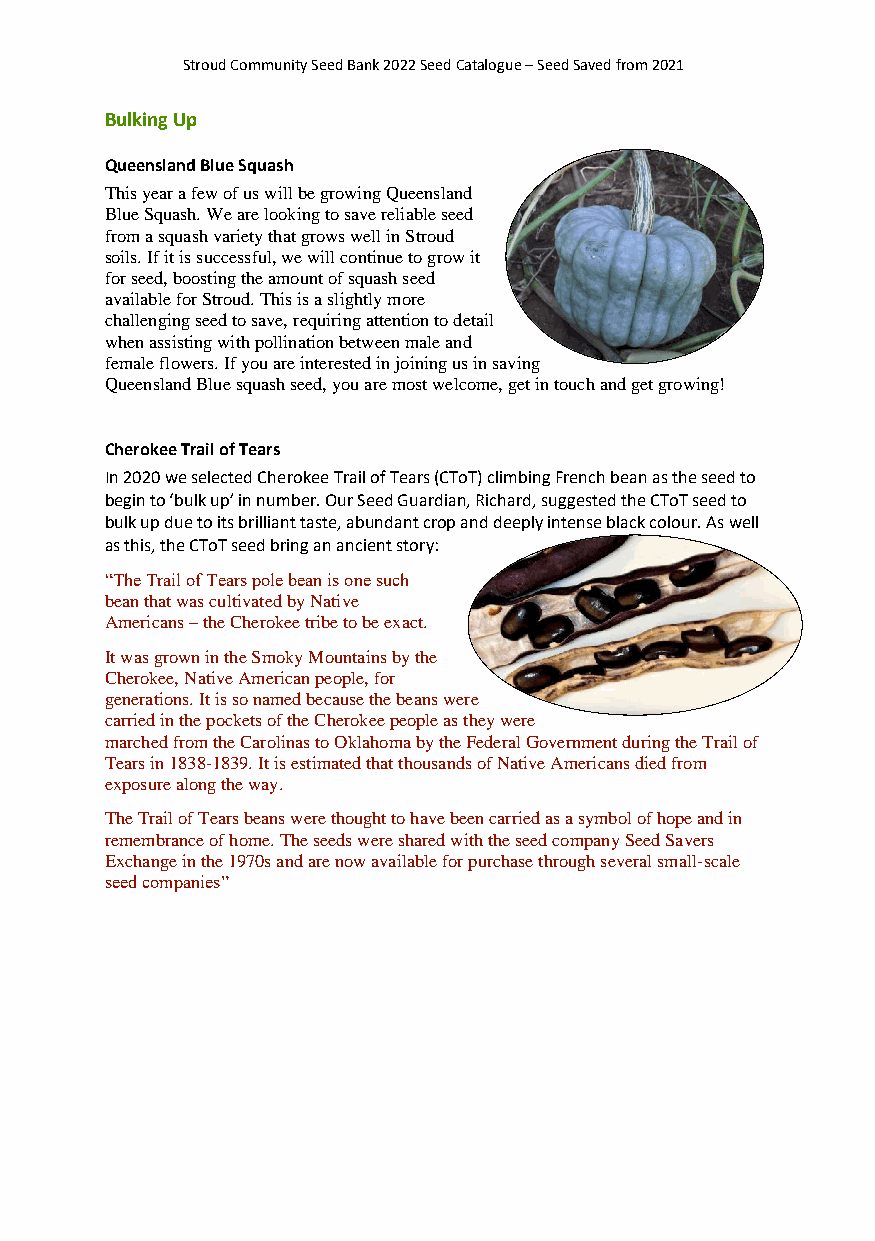
Stroud Community Seed Bank 2022 Seed Catalogue – Seed Saved from 2021
 Bulking Up
 Queensland Blue Squash
 This year a few of us will be growing Queensland
 Blue Squash. We are looking to save reliable seed
 from a squash variety that grows well in Stroud
 soils. If it is successful, we will continue to grow it
 for seed, boosting the amount of squash seed
 available for Stroud. This is a slightly more
 challenging seed to save, requiring attention to detail
 when assisting with pollination between male and
 female flowers. If you are interested in joining us in saving
 Queensland Blue squash seed, you are most welcome, get in touch and get growing!
 Cherokee Trail of Tears
 In 2020 we selected Cherokee Trail of Tears (CToT) climbing French bean as the seed to
 begin to ‘bulk up’ in number. Our Seed Guardian, Richard, suggested the CToT seed to
 bulk up due to its brilliant taste, abundant crop and deeply intense black colour. As well
 as this, the CToT seed bring an ancient story:
 “The Trail of Tears pole bean is one such
 bean that was cultivated by Native
 Americans – the Cherokee tribe to be exact.
 It was grown in the Smoky Mountains by the
 Cherokee, Native American people, for
 generations. It is so named because the beans were
 carried in the pockets of the Cherokee people as they were
 marched from the Carolinas to Oklahoma by the Federal Government during the Trail of
 Tears in 1838-1839. It is estimated that thousands of Native Americans died from
 exposure along the way.
 The Trail of Tears beans were thought to have been carried as a symbol of hope and in
 remembrance of home. The seeds were shared with the seed company Seed Savers
 Exchange in the 1970s and are now available for purchase through several small-scale
 seed companies”